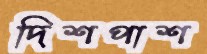
দিশপাশ